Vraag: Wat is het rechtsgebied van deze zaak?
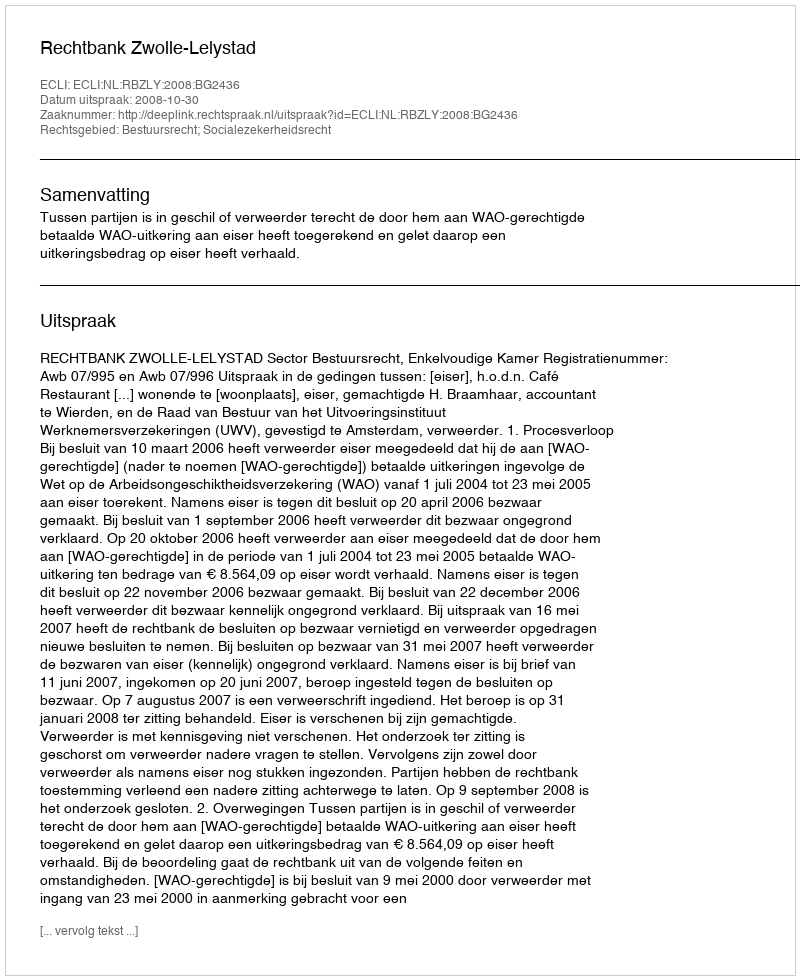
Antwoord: Bestuursrecht; Socialezekerheidsrecht